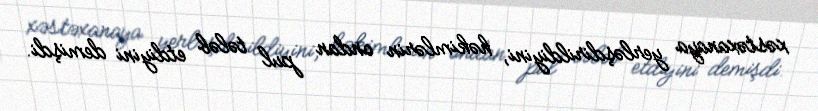
xəstəxanaya yerləşdirildiyini, həkimlərin ondan pul tələb etdiyini demişdi.